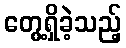
တွေ့ရှိခဲ့သည့်